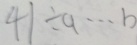
4 1 \div a \cdots b